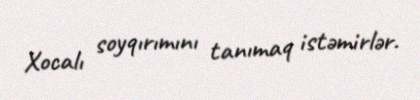
Xocalı soyqırımını tanımaq istəmirlər.